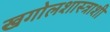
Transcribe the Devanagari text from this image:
खगोलशास्त्राशी